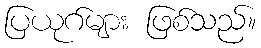
ပြယုဂ်များ ဖြစ်သည်။